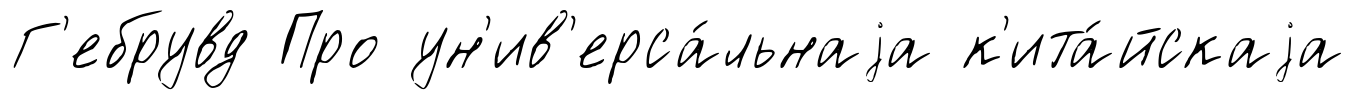
Г'ебрувд Про ун'ив'ерса́льнаjа к'ита́йскаjа